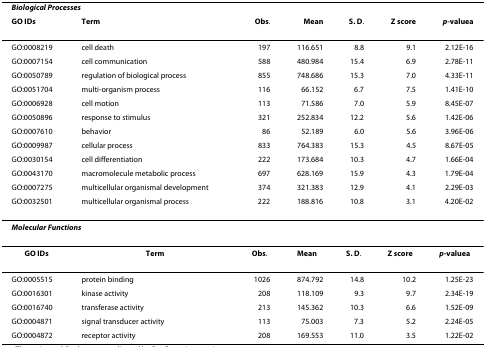
<table><thead><tr><td colspan="7"><b><i>Biological Processes</i></b></td></tr><tr><td><b>GO IDs</b></td><td><b>Term</b></td><td><b>Obs.</b></td><td><b>Mean</b></td><td><b>S. D.</b></td><td><b>Z score</b></td><td><b><i>p</i>-value<sup>a</sup></b></td></tr></thead><tbody><tr><td>GO:0008219</td><td>cell death</td><td>197</td><td>116.651</td><td>8.8</td><td>9.1</td><td>2.12E-16</td></tr><tr><td>GO:0007154</td><td>cell communication</td><td>588</td><td>480.984</td><td>15.4</td><td>6.9</td><td>2.78E-11</td></tr><tr><td>GO:0050789</td><td>regulation of biological process</td><td>855</td><td>748.686</td><td>15.3</td><td>7.0</td><td>4.33E-11</td></tr><tr><td>GO:0051704</td><td>multi-organism process</td><td>116</td><td>66.152</td><td>6.7</td><td>7.5</td><td>1.41E-10</td></tr><tr><td>GO:0006928</td><td>cell motion</td><td>113</td><td>71.586</td><td>7.0</td><td>5.9</td><td>8.45E-07</td></tr><tr><td>GO:0050896</td><td>response to stimulus</td><td>321</td><td>252.834</td><td>12.2</td><td>5.6</td><td>1.42E-06</td></tr><tr><td>GO:0007610</td><td>behavior</td><td>86</td><td>52.189</td><td>6.0</td><td>5.6</td><td>3.96E-06</td></tr><tr><td>GO:0009987</td><td>cellular process</td><td>833</td><td>764.383</td><td>15.3</td><td>4.5</td><td>8.67E-05</td></tr><tr><td>GO:0030154</td><td>cell differentiation</td><td>222</td><td>173.684</td><td>10.3</td><td>4.7</td><td>1.66E-04</td></tr><tr><td>GO:0043170</td><td>macromolecule metabolic process</td><td>697</td><td>628.169</td><td>15.9</td><td>4.3</td><td>1.79E-04</td></tr><tr><td>GO:0007275</td><td>multicellular organismal development</td><td>374</td><td>321.383</td><td>12.9</td><td>4.1</td><td>2.29E-03</td></tr><tr><td>GO:0032501</td><td>multicellular organismal process</td><td>222</td><td>188.816</td><td>10.8</td><td>3.1</td><td>4.20E-02</td></tr><tr><td colspan="2"><b><i>Molecular Functions</i></b></td><td></td><td></td><td></td><td></td><td></td></tr><tr><td><b>GO IDs</b></td><td><b>Term</b></td><td><b>Obs</b>.</td><td><b>Mean</b></td><td><b>S. D</b>.</td><td><b>Z score</b></td><td><b><i>p</i>-value<sup>a</sup></b></td></tr><tr><td>GO:0005515</td><td>protein binding</td><td>1026</td><td>874.792</td><td>14.8</td><td>10.2</td><td>1.25E-23</td></tr><tr><td>GO:0016301</td><td>kinase activity</td><td>208</td><td>118.109</td><td>9.3</td><td>9.7</td><td>2.34E-19</td></tr><tr><td>GO:0016740</td><td>transferase activity</td><td>213</td><td>145.362</td><td>10.3</td><td>6.6</td><td>1.52E-09</td></tr><tr><td>GO:0004871</td><td>signal transducer activity</td><td>113</td><td>75.003</td><td>7.3</td><td>5.2</td><td>2.24E-05</td></tr><tr><td>GO:0004872</td><td>receptor activity</td><td>208</td><td>169.553</td><td>11.0</td><td>3.5</td><td>1.22E-02</td></tr></tbody></table>